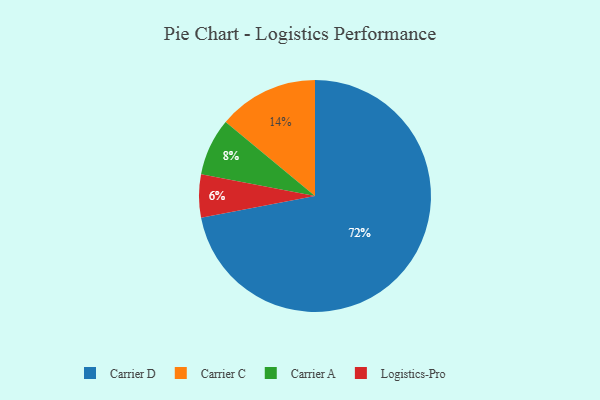
{"axis": {"x": "Category", "y": "Percentage"}, "legend": ["Carrier A", "Carrier C", "Carrier D", "Logistics-Pro"], "data": [{"x": "Carrier C", "y": 14, "type": "Carrier C"}, {"x": "Logistics-Pro", "y": 6, "type": "Logistics-Pro"}, {"x": "Carrier A", "y": 8, "type": "Carrier A"}, {"x": "Carrier D", "y": 72, "type": "Carrier D"}]}